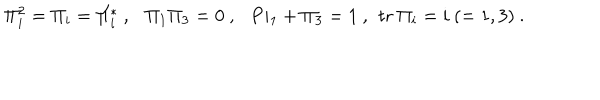
\Pi _ { i } ^ { 2 } = \Pi _ { i } = \Pi _ { i } ^ { * } \ , \ \ \ \Pi _ { 1 } \Pi _ { 3 } = 0 \ , \ \ \, P i _ { 1 } + \Pi _ { 3 } = 1 \ , \, \ \mathrm { t r } \ \Pi _ { i } = i \ ( = 1 , 3 ) \ .